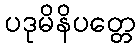
ပဒုမိနိပတ္တေ